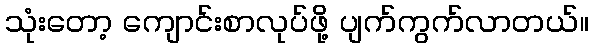
သုံးတော့ ကျောင်းစာလုပ်ဖို့ ပျက်ကွက်လာတယ်။